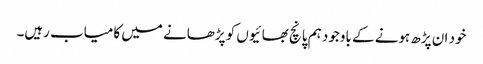
خود ان پڑھ ہونے کے باوجود ہم پانچ بھائیوں کو پڑھانے میں کامیاب رہیں۔